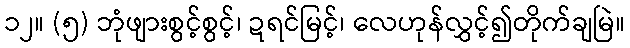
၁၂။ (၅) ဘုံဖျားစွင့်စွင့်၊ ဍရင်မြင့်၊ လေဟုန်လွှင့်၍တိုက်ချမြဲ။